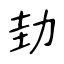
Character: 劸